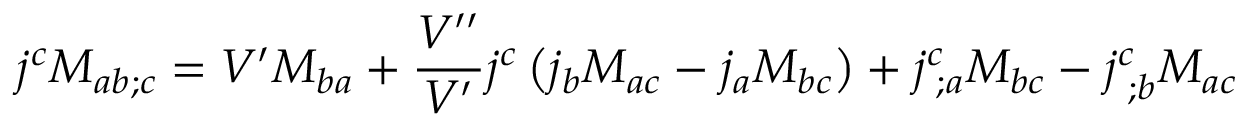
j ^ { c } M _ { a b ; c } = V ^ { \prime } M _ { b a } + \frac { V ^ { \prime \prime } } { V ^ { \prime } } j ^ { c } \left( j _ { b } M _ { a c } - j _ { a } M _ { b c } \right) + j _ { \; ; a } ^ { c } M _ { b c } - j _ { \; ; b } ^ { c } M _ { a c }